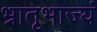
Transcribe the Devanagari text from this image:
भ्रातृभाज्यं